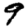
Digit: 9